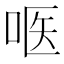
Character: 𱒨